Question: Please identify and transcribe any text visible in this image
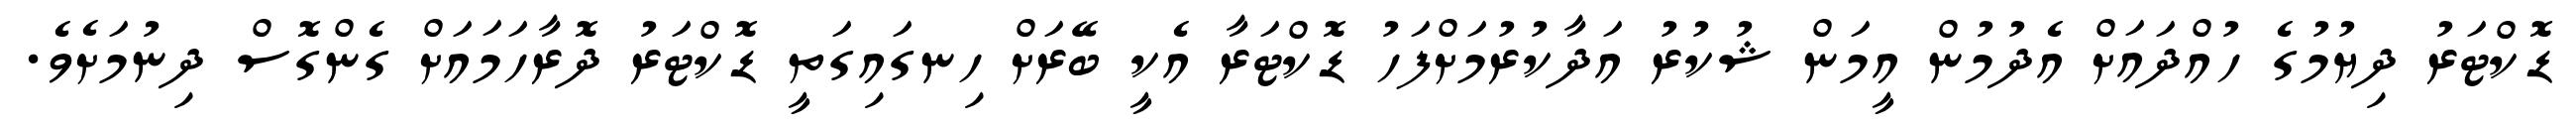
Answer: ޑޮކްޓަރު ދިޔުމުގެ ހުއްދައަށް އެދުމުން އީމަން ޝުކުރު އަދާކުރުމަށްފަހު ޑޮކްޓަރާ އެކީ ބޭރަށް ހިނގައިގަތީ ޑޮކްޓަރު ދޮރާހަމައަށް ގެންގޮސް ދިނުމަށެވެ.